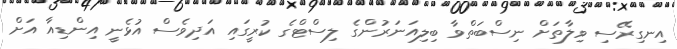
އިނގިރޭސި ވިލާތަށް ނިސްބަތްވާ ބިލިއަނަރުންގެ ލިސްޓްގެ ކުރީގައި އަދިވެސް އުޅެނީ އިންޑިއާ އަށް